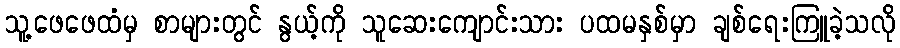
သူ့ဖေဖေထံမှ စာများတွင် နွယ့်ကို သူဆေးကျောင်းသား ပထမနှစ်မှာ ချစ်ရေးကြူခဲ့သလို